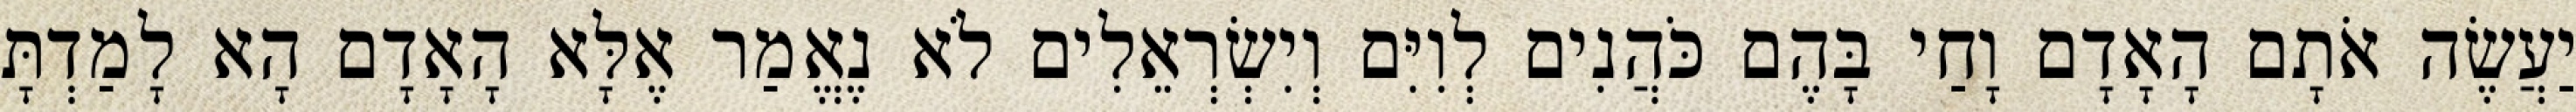
יַעֲשֶׂה אֹתָם הָאָדָם וָחַי בָּהֶם כֹּהֲנִים לְוִיִּם וְיִשְׂרְאֵלִים לֹא נֶאֱמַר אֶלָּא הָאָדָם הָא לָמַדְתָּ